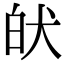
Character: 𤝡